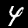
Digit: 4